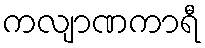
ကလျာဏကာရီ